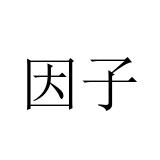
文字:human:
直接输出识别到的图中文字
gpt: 因子